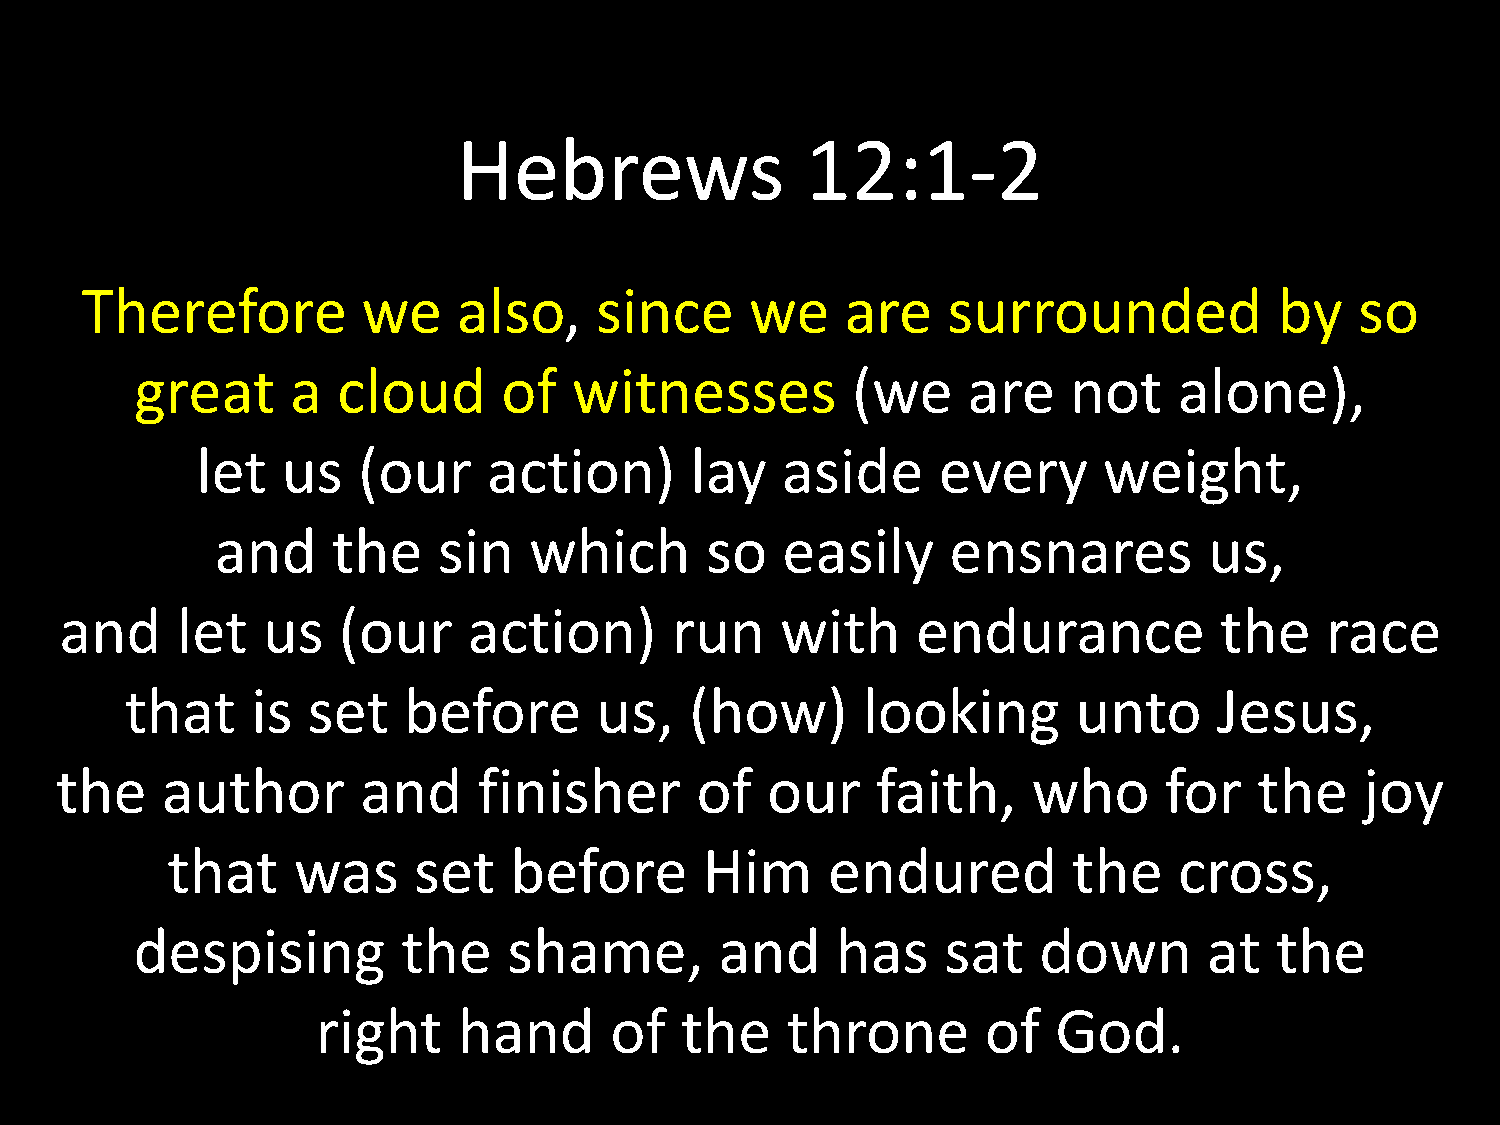
Hebrews                12:1-2
 Therefore          we    also,    since      we    are    surrounded            by   so
 great     a  cloud      of   witnesses         (we     are    not    alone),
 let   us   (our    action)       lay   aside     every      weight,
 and     the    sin   which       so   easily     ensnares         us,
 and     let  us   (our     action)      run     with     endurance           the    race
 that     is set    before      us,    (how)      looking       unto      Jesus,
 the    author       and     finisher      of   our    faith,    who      for   the    joy
 that    was     set    before       Him     endured         the    cross,
 despising         the    shame,        and    has     sat   down       at  the
 right    hand      of   the    throne       of   God.